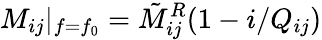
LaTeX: M_{ij}|_{f=f_{0}}=\tilde{M}_{ij}^{R}(1-i/Q_{ij})